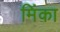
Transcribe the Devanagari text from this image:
मिंका